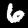
Digit: 6